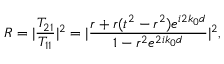
{ } R = | \frac { T _ { 2 1 } } { T _ { 1 1 } } | ^ { 2 } = | { \frac { r + r ( t ^ { 2 } - r ^ { 2 } ) e ^ { i 2 k _ { 0 } d } } { 1 - r ^ { 2 } e ^ { 2 i k _ { 0 } d } } | ^ { 2 } } ,